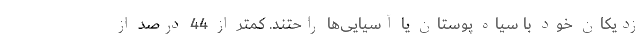
زدیکان خود با سیاه پوستان یا آسیایی‌ها راحتند. کمتر از 44 درصد از